Annual report on the lock hospitals of the Madras Presidency
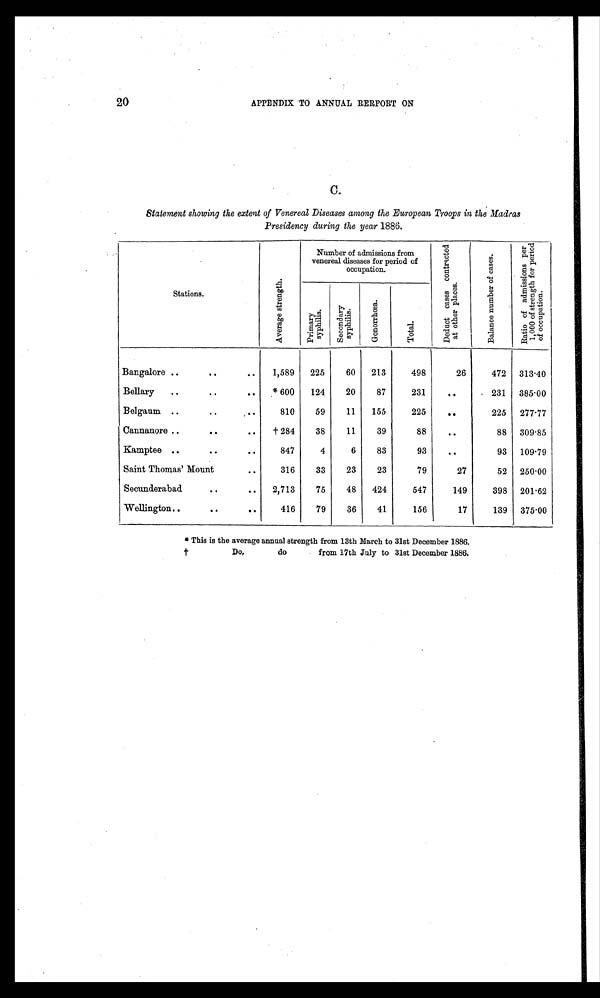
20
APPENDIX TO ANNUAL RERPORT ON
•
C .
Statement showing the extent of Venereal Diseases among the European Troops in the Madras
Presidency during the year 1886.
Stations.
A v e r a g e s t r e n g t h .
Number of admissions from
venereal diseases for period of
occupation.
D e d u c t c a s e s c o n t r a c t e d a t o t h e r p l a c e s .
B a l a n c e n u m b e r o f c a s e s .
R a t i o o f a d m i s s i o n s p e r 1 , 0 0 0 o f s t r e n g t h f o r p e r i o d o f o c c u p a t i o n .
P r i m a r y s y p h i l i s .
S e c o n d a r y s y p h i l i s .
G o n o r r h œ a .
T o t a l .
Bangalore ..
..
..
1,589 225
60 213
498
26
472 313.40
Bellary ..
..
..
* 6 0 0 124
20
87
231
..
231 385.00
Belgaum ..
..
..
810
59
11 155
225
. .
225 277.77
Cannanore ..
..
..
† 2 8 4 38
11
39
88
..
88 309.85
Kamptee ..
..
..
847
4
6
83
93
..
93 109.79
Saint Thomas' Mount
..
316
33
23
23
79
27
52 250.00
Secunderabad.
..
.. 2,713
75
48 424
547
149
398 201.62
Wellington..
..
..
416
79
36
41
156
17
139 375.00
*This is the average annual strength from 13th March to 31st December 1886
.
† Do, do from 17t h Jul y t o 31st December 1886.